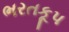
ભરતકૂપ